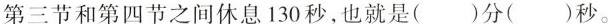
第三节和第四节之间休息130秒，也就是( )分( )秒。